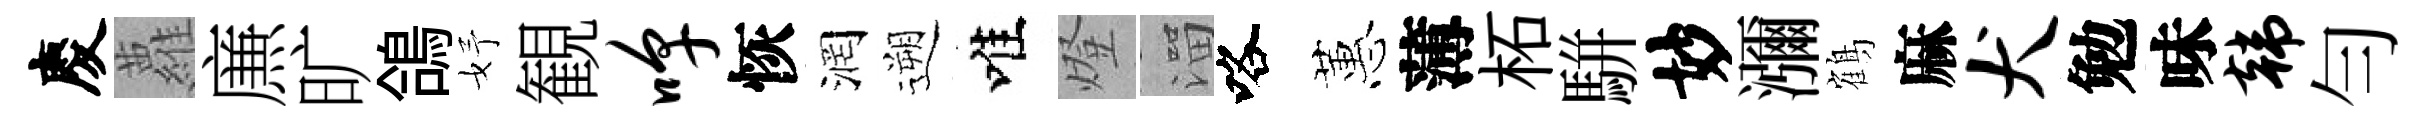
慶蘿㢘旷鴿妤観嗥恢润遡唯燈溜咯蕙薄柘駢妙瀰鶴麻犬勉味韩勻